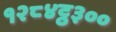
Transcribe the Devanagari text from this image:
१२८४ट्ठ३००